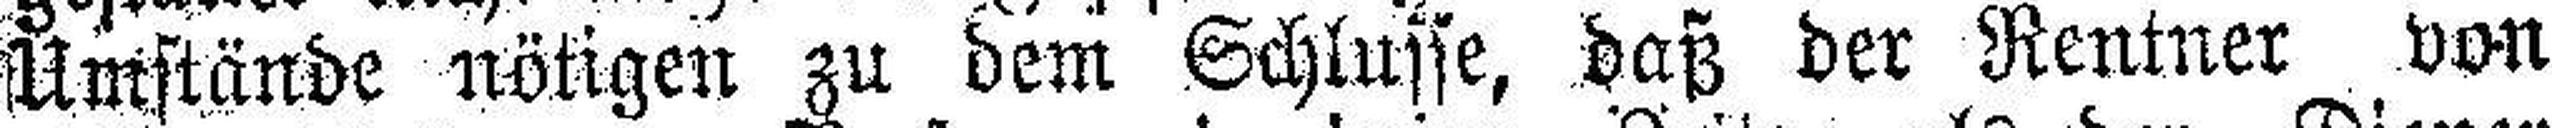
Umstände nötigen zu dem Schlusse, daß der Rentner von